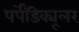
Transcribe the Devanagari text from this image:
पर्पेंडिक्यूलर